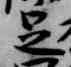
足